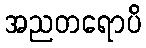
အညတရောပိ